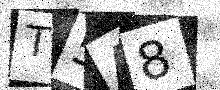
Text: T5A8